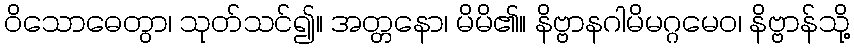
ဝိသောဓေတွာ၊ သုတ်သင်၍။ အတ္တနော၊ မိမိ၏။ နိဗ္ဗာနဂါမိမဂ္ဂမေဝ၊ နိဗ္ဗာန်သို့